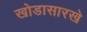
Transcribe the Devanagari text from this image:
खोडासारखे